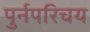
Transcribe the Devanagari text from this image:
पुर्नपरिचय